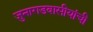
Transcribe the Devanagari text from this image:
जुनागडवासीयांची